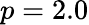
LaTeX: p=2.0